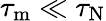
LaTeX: \tau_{\mathrm{m}}\ll\tau_{\mathrm{N}}